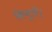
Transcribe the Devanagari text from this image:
किगूटी।